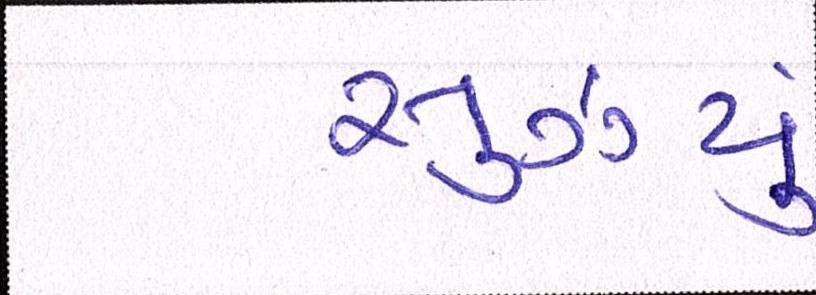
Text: સુઝયું